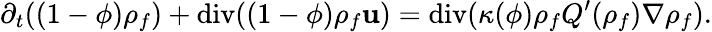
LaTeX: \partial_{t}((1-\phi){\rho}_{f})+\mathrm{div}((1-\phi){\rho}_{f}{\mathbf u})=\mathrm{div}(\kappa(\phi){\rho}_{f}{Q}^{\prime}({\rho}_{f})\nabla{\rho}_{f}).